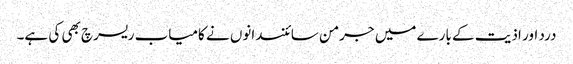
درد اور اذیت کے بارے میں جرمن سائنسدانوں نے کامیاب ریسرچ بھی کی ہے۔